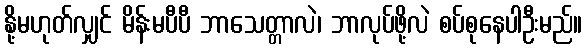
နို့မဟုတ်လျှင် မိန်းမပီပီ ဘာသေတ္တာလဲ၊ ဘာလုပ်ဖို့လဲ စပ်စုနေပါဦးမည်။